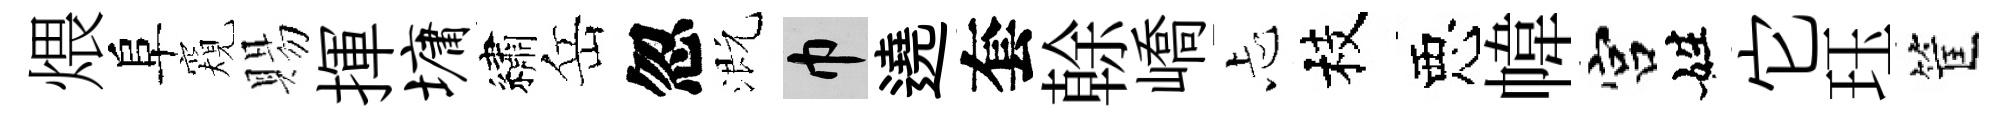
煨阜窺賜揮墉繡岳忽溉巾遶套𠏉嶠忐枝惡幃宫姓它珏筐